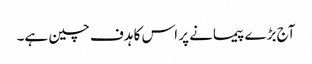
آج بڑے پیمانے پر اس کا ہدف چین ہے۔